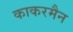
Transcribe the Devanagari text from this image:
काकरमैन